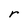
Character: r